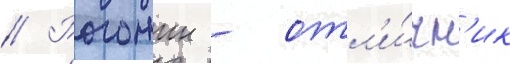
// Рогожин - отл'и́чн'ик